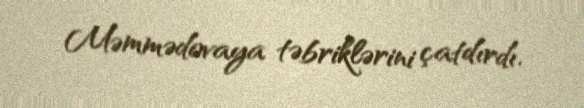
Məmmədovaya təbriklərini çatdırdı.